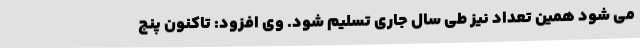
می شود همین تعداد نیز طی سال جاری تسلیم شود. وی افزود: تاکنون پنج